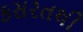
કસરતથી